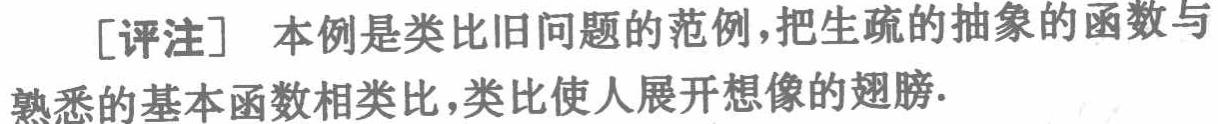
[评注] 本例是类比旧问题的范例，把生疏的抽象的函数与熟悉的基本函数相类比，类比使人展开想像的翅膀.